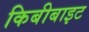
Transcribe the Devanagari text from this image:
किबीबाइट